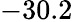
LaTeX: -30.2